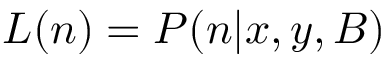
{ \cal L } ( { \boldsymbol n } ) = P ( { \boldsymbol n } | x , y , B )